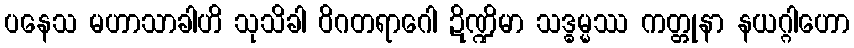
ပနေသ မဟာသာခါဟိ သုသိခါ ဝိဂတရာဂေါ ဍိဏ္ဍိမာ သဒ္ဓမ္မဿ ကတ္တုနာ နယဂ္ဂါဟော